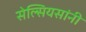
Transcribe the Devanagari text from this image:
सेल्सियसांनी